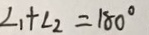
\angle 1 + \angle 2 = 1 8 0 ^ { \circ }